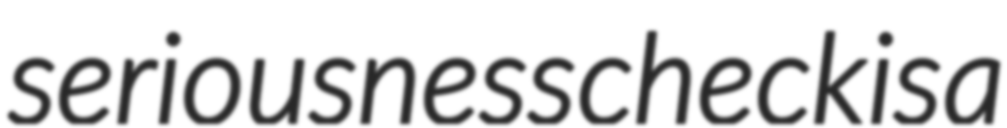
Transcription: seriousness check is a